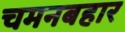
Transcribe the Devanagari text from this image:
चमनबहार